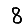
Digit: 8